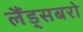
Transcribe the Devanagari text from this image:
लैंड्सबरो